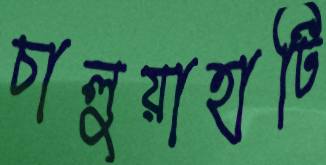
চালুয়াহাটি